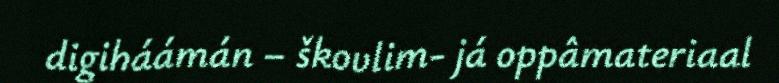
digiháámán – škovlim- já oppâmateriaal